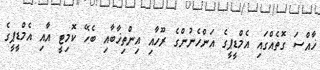
ޚާއްސަ ގޮތެއްގައި އެމްޑީޕީގެ އަންހެނުންގެ ރޫހާއި އިންތިޚާބާއި ބެހޭ ކޮމިޓީ އާއި އެމްޑީޕީގެ